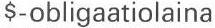
$-obligaatiolaina